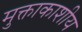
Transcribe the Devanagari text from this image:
मुक्ताकाशीय